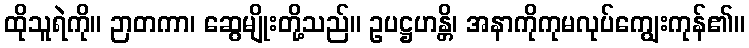
ထိုသူရဲကို။ ဉာတကာ၊ ဆွေမျိုးတို့သည်။ ဥပဋ္ဌဟန္တိ၊ အနာကိုကုမလုပ်ကျွေးကုန်၏။